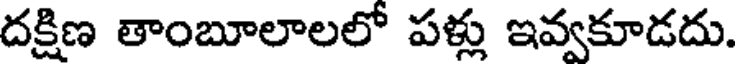
దక్షిణ తాంబూలాలలో పళ్లు ఇవ్వకూడదు.